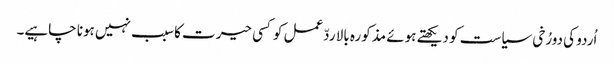
اُردو کی دورُخی سیاست کو دیکھتے ہوئے مذکورہ بالا ردّعمل کوکسی حیرت کا سبب نہیں ہونا چاہیے۔